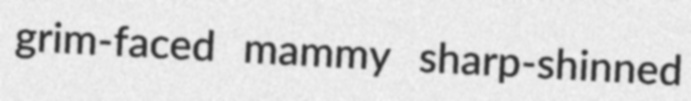
grim-faced mammy sharp-shinned